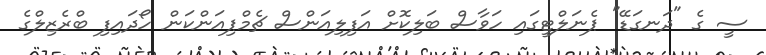
ސީ ގެ "ދަނގަޑޭ" ޕެނަލްޓީގައި ހަވާސް ބަލިކޮށް އަފިލިއަންސް ޗެމްޕިއަންކަން ހޯދައިފި ބްރެޒިލްގެ